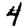
Digit: 4